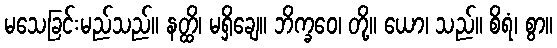
မသေခြင်းမည်သည်။ နတ္ထိ၊ မရှိချေ။ ဘိက္ခဝေ၊ တို့။ ယော၊ သည်။ စိရံ၊ စွာ။